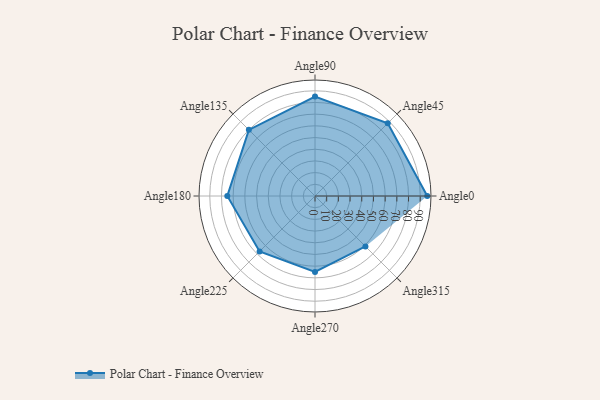
{"axis": {"x": "Angle", "y": "Radius"}, "legend": [""], "data": [{"x": "Angle0", "y": 96.0, "type": ""}, {"x": "Angle45", "y": 88.0, "type": ""}, {"x": "Angle90", "y": 85.0, "type": ""}, {"x": "Angle135", "y": 80.0, "type": ""}, {"x": "Angle180", "y": 75.0, "type": ""}, {"x": "Angle225", "y": 67.0, "type": ""}, {"x": "Angle270", "y": 65.0, "type": ""}, {"x": "Angle315", "y": 61.0, "type": ""}]}